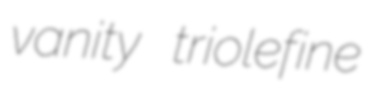
vanity triolefine